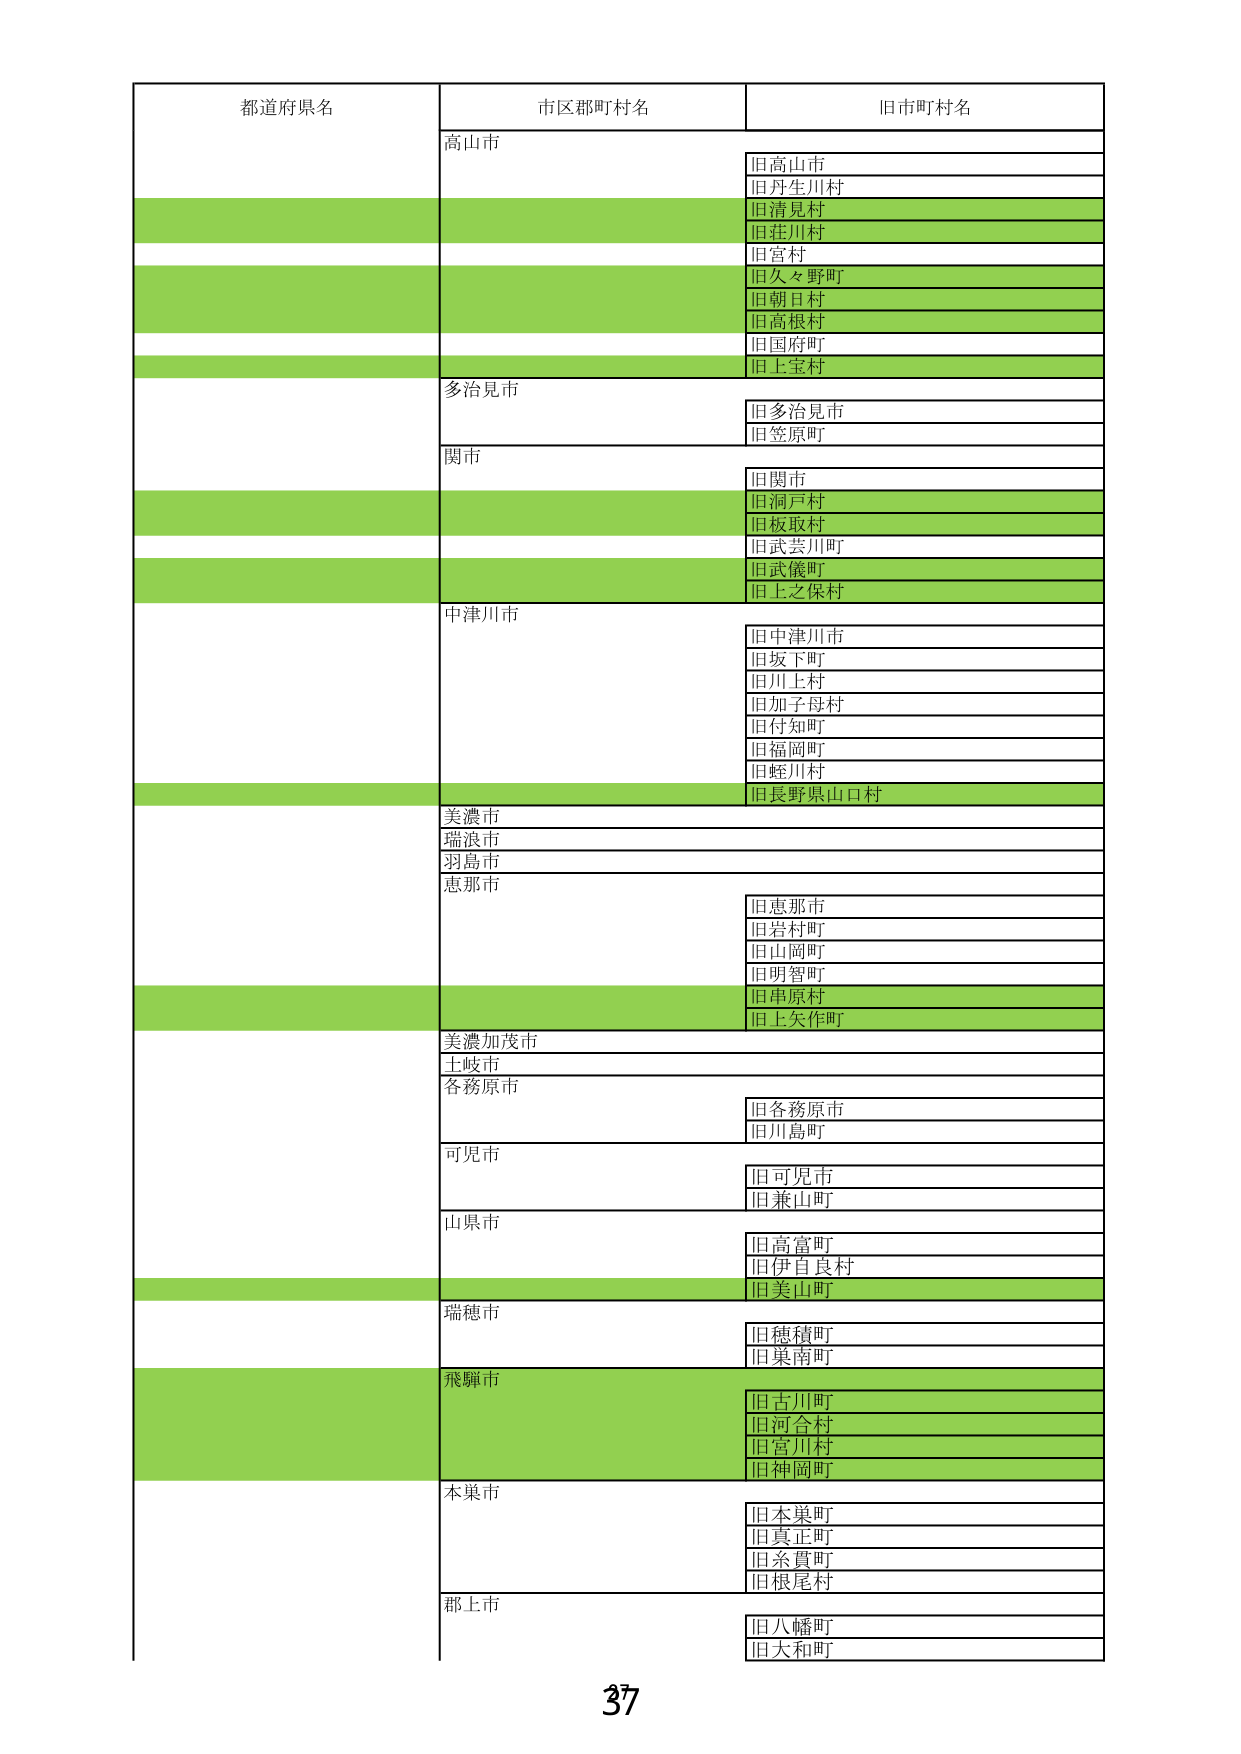
都道府県名
市区郡町村名
旧市町村名
高山市
旧高山市
旧丹生川村
旧清見村
旧荘川村
旧宮村
旧久々野町
旧朝日村
旧高根村
旧国府町
旧上宝村
多治見市
旧多治見市
旧笠原町
関市
旧関市
旧洞戸村
旧板取村
旧武芸川町
旧武儀町
旧上之保村
中津川市
旧中津川市
旧坂下町
旧川上村
旧加子母村
旧付知町
旧福岡町
旧蛭川村
旧長野県山口村
美濃市
瑞浪市
羽島市
恵那市
旧恵那市
旧岩村町
旧山岡町
旧明智町
旧串原村
旧上矢作町
美濃加茂市
土岐市
各務原市
旧各務原市
旧川島町
可児市
旧可児市
旧兼山町
山県市
旧高富町
旧伊自良村
旧美山町
瑞穂市
旧穂積町
旧梟南町
飛騨市
旧古川町
旧河合村
旧宮川村
旧神岡町
本巣市
旧本巣町
旧真正町
旧糸貫町
旧根尾村
郡上市
旧八幡町
旧大和町
37